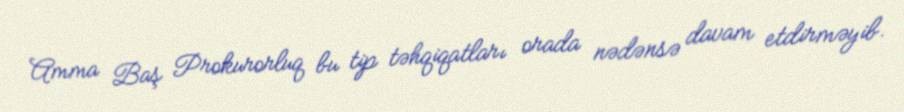
Amma Baş Prokurorluq bu tip təhqiqatları orada nədənsə davam etdirməyib.